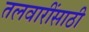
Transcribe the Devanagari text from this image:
तलवारींसाठी